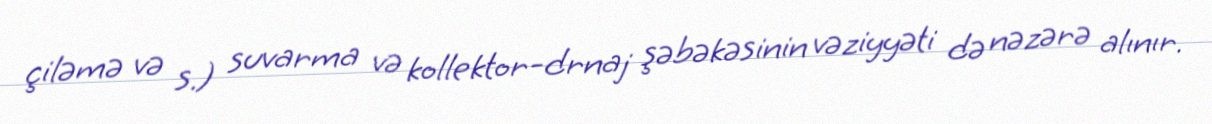
çiləmə və s.) suvarma və kollektor-drnaj şəbəkəsinin vəziyyəti də nəzərə alınır.